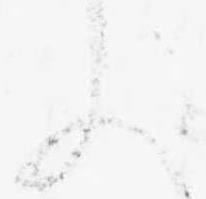
ふ